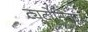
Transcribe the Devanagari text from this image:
ट्यूटोनिक